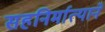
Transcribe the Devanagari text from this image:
सहनिर्मात्याने